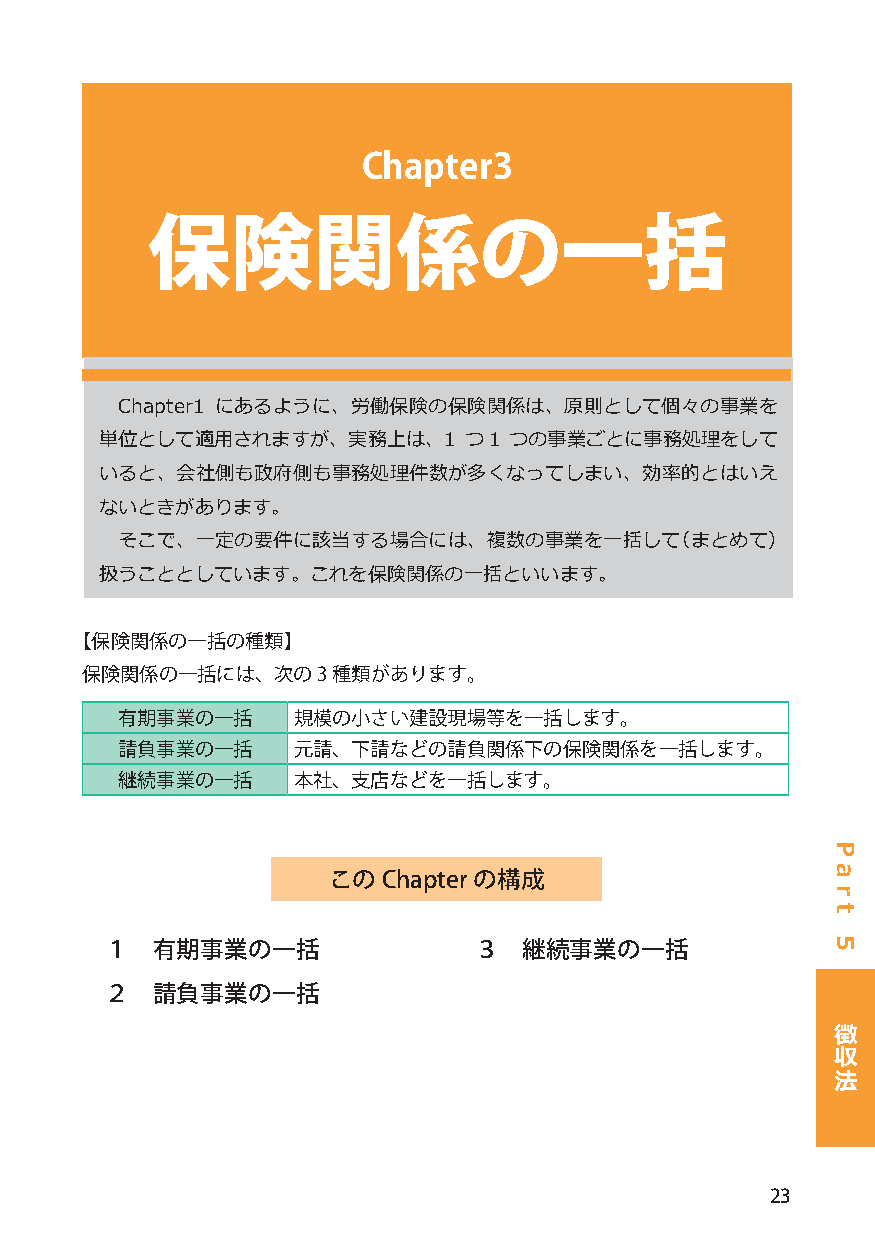
Chapter3
 保険関係の一括
 Chapter1 にあるように、労働保険の保険関係は、原則として個々の事業を
 単位として適用されますが、実務上は、1     つ1 つの事業ごとに事務処理をして
 いると、会社側も政府側も事務処理件数が多くなってしまい、効率的とはいえ
 ないときがあります。
 そこで、一定の要件に該当する場合には、複数の事業を一括して（まとめて）
 扱うこととしています。これを保険関係の一括といいます。
 【保険関係の一括の種類】
 保険関係の一括には、次の3    種類があります。
 有期事業の一括    規模の小さい建設現場等を一括します。
 請負事業の一括    元請、下請などの請負関係下の保険関係を一括します。
 継続事業の一括    本社、支店などを一括します。
 このChapter の構成
 １  有期事業の一括              ３   継続事業の一括
 ２  請負事業の一括
 徴
 収
 法
 23
 P
 a
 r
 t
 5